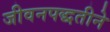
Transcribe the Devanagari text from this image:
जीवनपद्धतीने